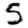
Digit: 5